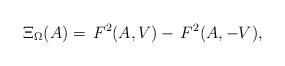
LaTeX: \begin{align*} \Xi_\Omega(A)=\,F^2(A,V)-\, F^2(A,-V), \end{align*}